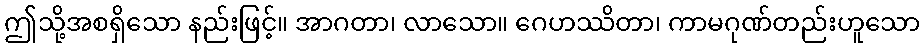
ဤသို့အစရှိသော နည်းဖြင့်။ အာဂတာ၊ လာသော။ ဂေဟဿိတာ၊ ကာမဂုဏ်တည်းဟူသော